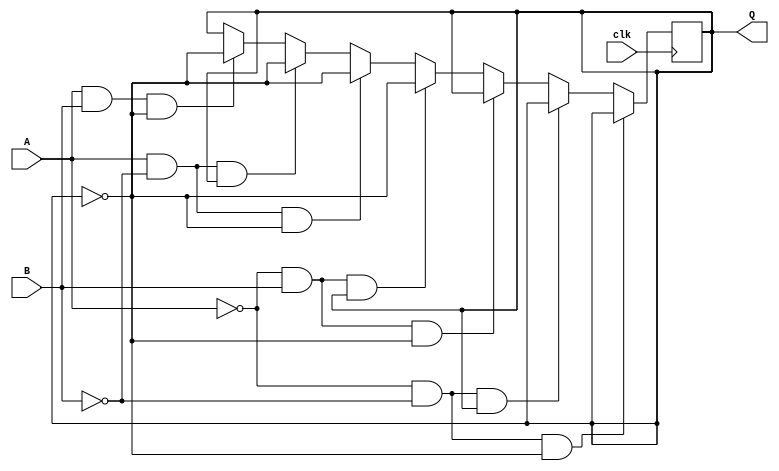
`timescale 1ns/1ns

module flipflop(A, B, clk, Q);

    input A, B, clk;
    output reg Q;

    initial begin
        Q = 0;
    end


    always @(posedge clk ) begin
        if((A == 0) & (B == 0) & (Q == 0)) begin
            Q = Q;
        end else if((A == 0) & (B == 0) & (Q == 1)) begin
            Q = Q;
        end else if((A == 0) & (B == 1) & (Q == 0)) begin
            Q = Q;
        end else if((A == 0) & (B == 1) & (Q == 1)) begin
            Q = ~Q;
        end else if((A == 1) & (B == 0) & (Q == 0)) begin
            Q = ~Q;
        end else if((A == 1) & (B == 0) & (Q == 1)) begin
            Q = ~Q;
        end else if((A == 1) & (B == 1) & (Q == 0)) begin
            Q = ~Q;
        end else if ((A == 1) & (B == 1) & (Q == 1)) begin
            Q = Q;
        end

    end
    
endmodule

module tb_Ques_2;

    reg A = 0, B = 0, clk = 0;
    wire Q;

    flipflop flipflop_1(A, B, clk, Q);

    always begin
        clk = ~clk;
        #20;
    end

    initial begin

        $dumpfile("Ques_2.vcd");
        $dumpvars(0 ,tb_Ques_2);
        repeat(10) begin
            #5;
            #20;
            A = $random;
            B = $random;
            #20;
            $display("A = %b, B = %b, Q = %b", A, B, Q);

        end
        $finish;
    end
    
    
endmodule